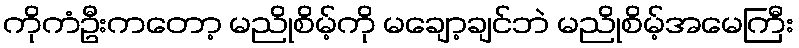
ကိုကံဦးကတော့ မညိုစိမ့်ကို မချော့ချင်ဘဲ မညိုစိမ့်အမေကြီး